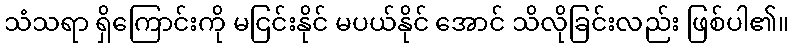
သံသရာ ရှိကြောင်းကို မငြင်းနိုင် မပယ်နိုင် အောင် သိလိုခြင်းလည်း ဖြစ်ပါ၏။